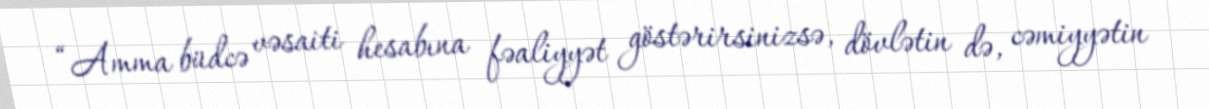
“Amma büdcə vəsaiti hesabına fəaliyyət göstərirsinizsə, dövlətin də, cəmiyyətin